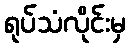
ရုပ်သံလိုင်းမှ